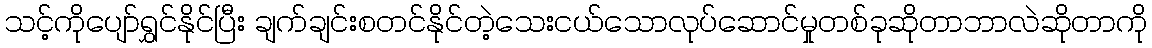
သင့်ကိုပျော်ရွှင်နိုင်ပြီး ချက်ချင်းစတင်နိုင်တဲ့သေးငယ်သောလုပ်ဆောင်မှုတစ်ခုဆိုတာဘာလဲဆိုတာကို